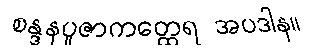
စန္ဒနပူဇာကတ္ထေရ အပဒါန။